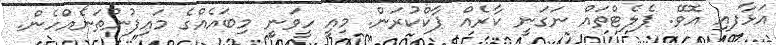
އަޅާފއި އޮވޭ. ޕެލެޓްތައް ނަގަނީ ކާރެއް ޕާކްކުރަން. މިއީ ހީވަނީ މިބައެއްގެ މައިފުނުތަނެއްހެން.